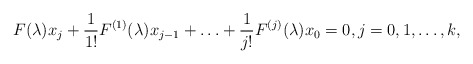
\begin{align*}F(\lambda)x_j + \frac{1}{1!} F^{(1)}(\lambda)x_{j-1}+ \ldots + \frac{1}{j!} F^{(j)}(\lambda) x_0 = 0, j = 0, 1, \ldots, k,\end{align*}